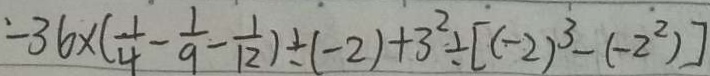
- 3 6 \times ( \frac { 1 } { 4 } - \frac { 1 } { 9 } - \frac { 1 } { 1 2 } ) \div ( - 2 ) + 3 ^ { 2 } \div [ ( - 2 ) ^ { 3 } - ( - 2 ^ { 2 } ) ]